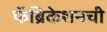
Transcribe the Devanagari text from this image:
फॅब्रिकेशनची